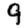
Digit: 9